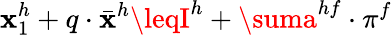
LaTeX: \mathbf{x}_{1}^{h}+q\cdot{\bar{{\mathbf{x}}}}^{h}\leqI^{h}+\suma^{hf}\cdot\pi^{f}